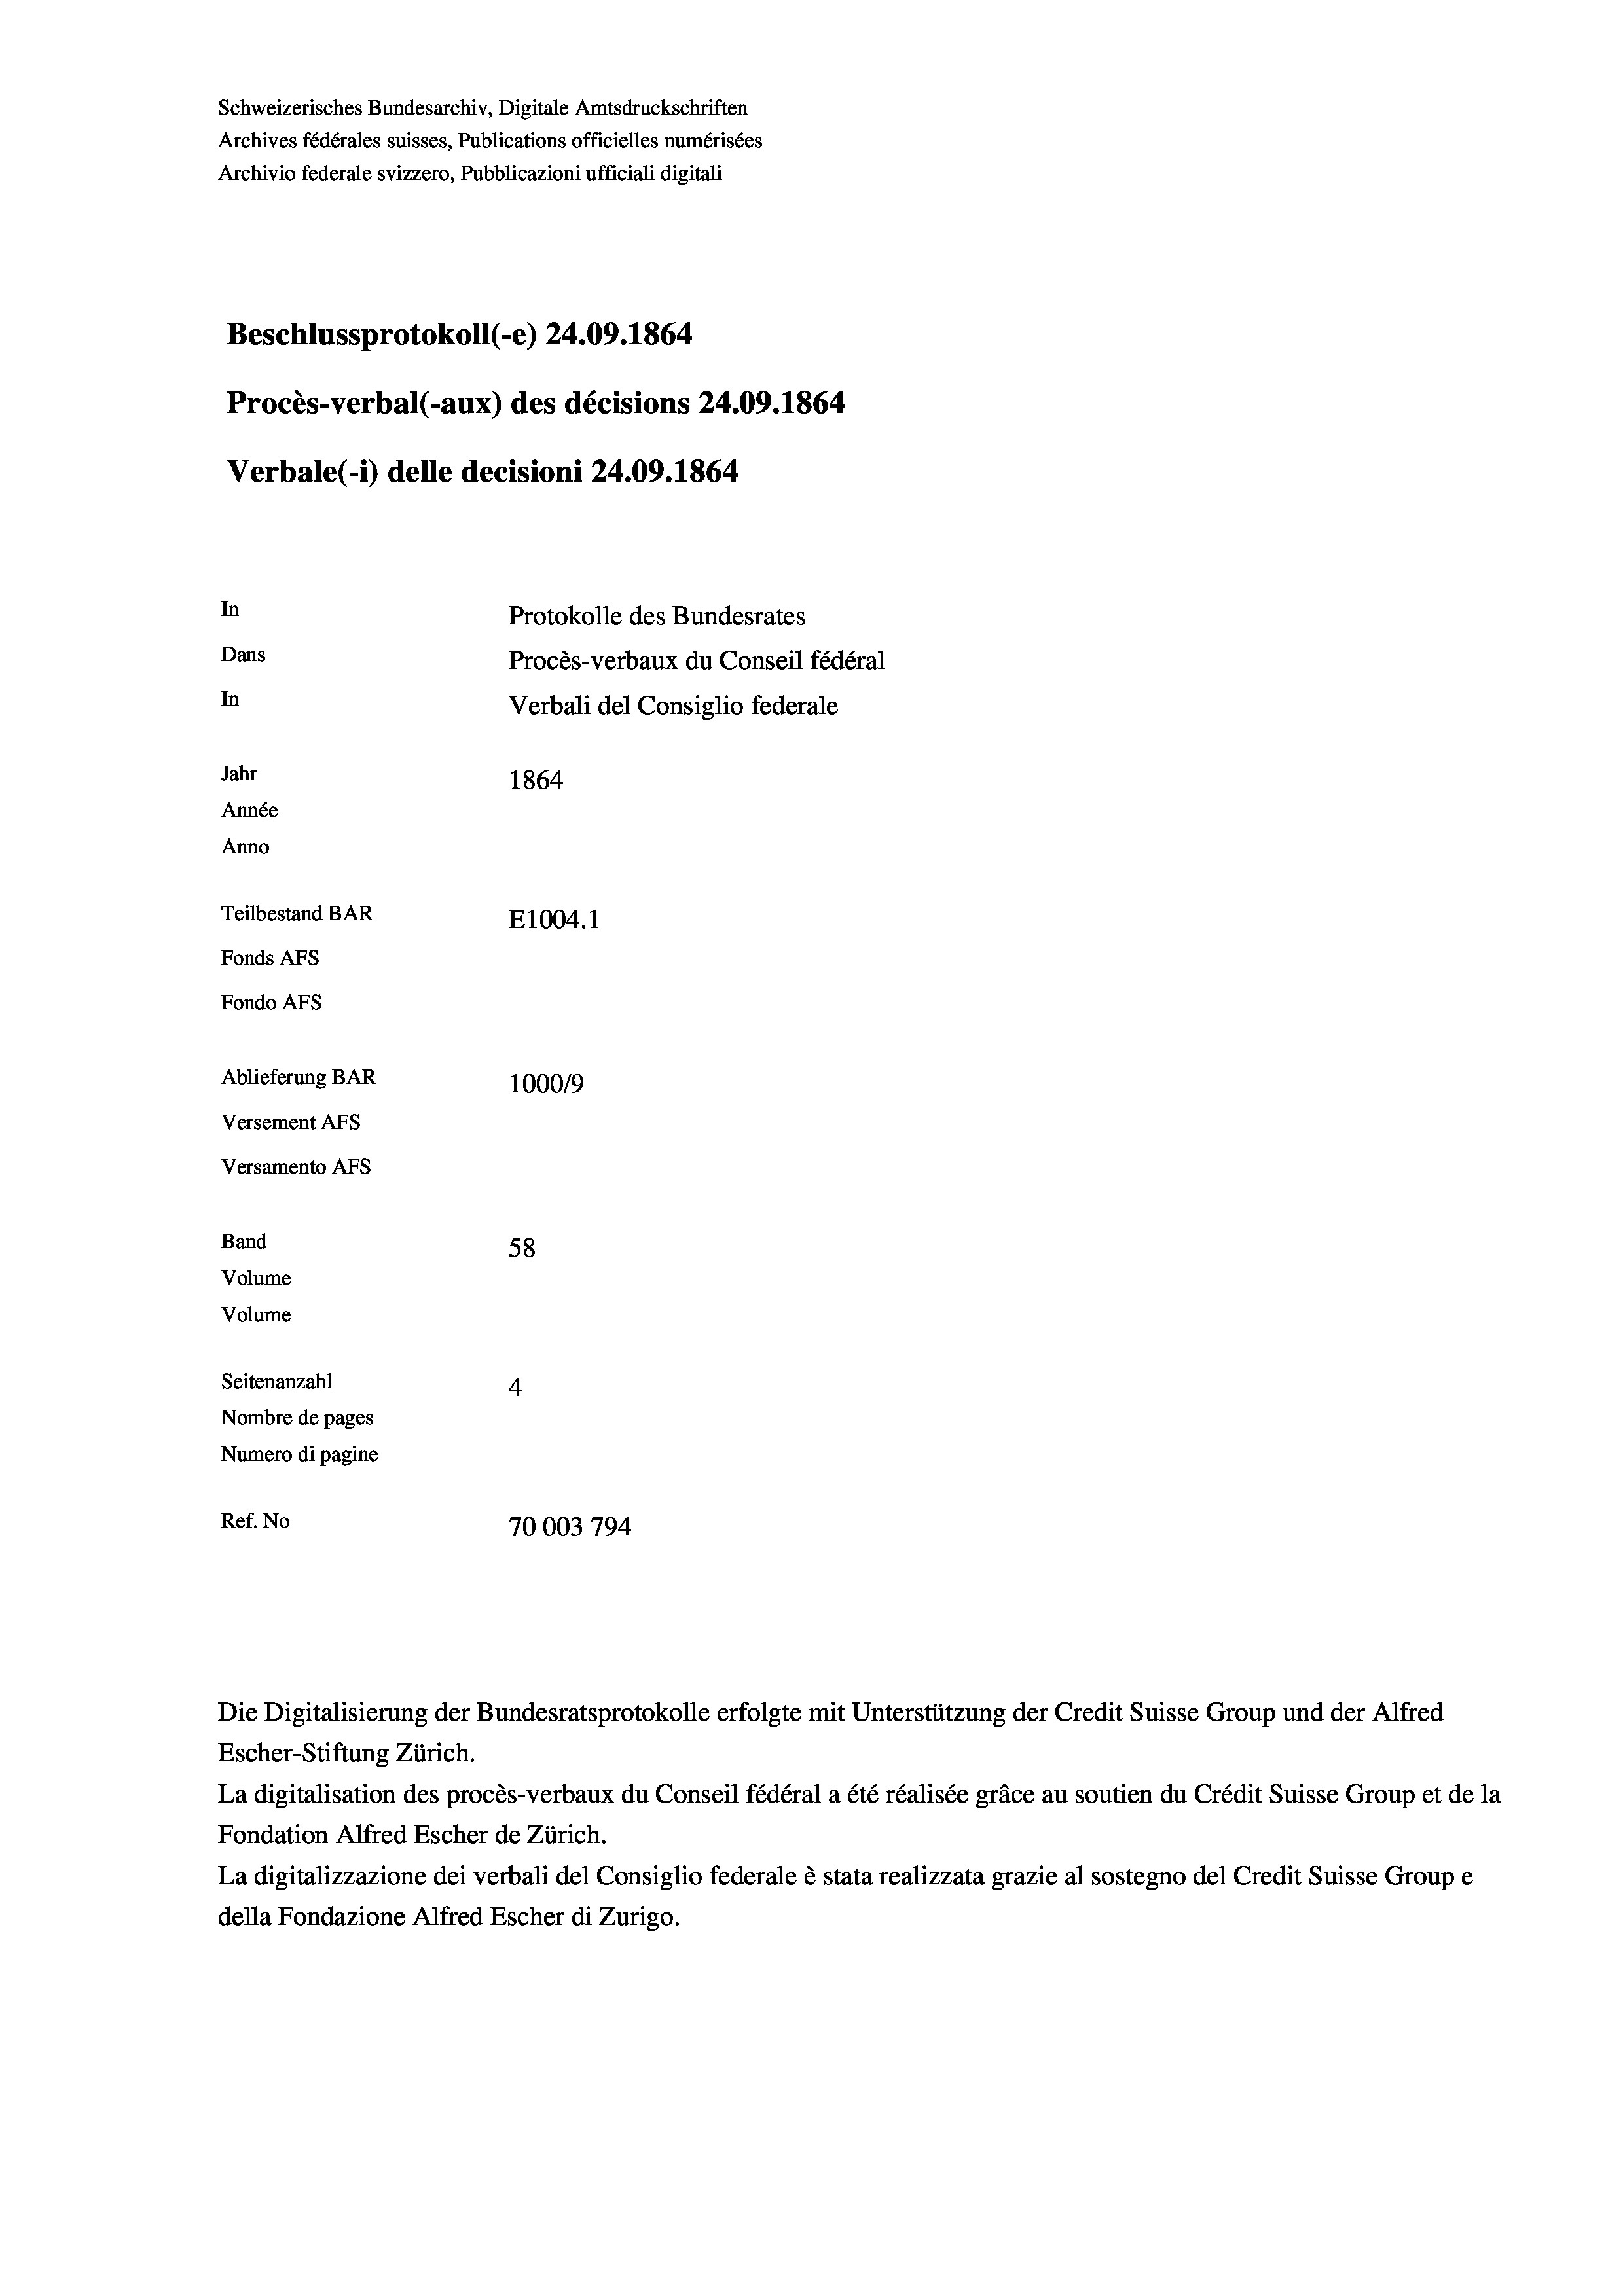
Schweizerisches Bundesarchiv, Digitale Amtsdruckschriften
Archives fédérales suisses, Publications officielles numérisées
Archivio federale svizzero, Pubblicazioni ufficiali digitali
Beschlussprotokoll (-e) 24.09. 1864
Procès-verbal (-aux) des décisions 24.09. 1864
Verbale (i) delle decisioni 24.09. 1864
In
Protokolle des Bundesrates
Dans
Procès-verbaux du Conseil fédéral
In
Verbali del Consiglio federale
Jahr
1864
Année
Anno
Teilbestand BAR
E1004. 1
Fonds AEs
Fondo AFs

Ablieferung BAR
Versement AFS
Versamento AFS
Band
Volume
Volume
Seitenanzahl

58
4
Nombre de pages
Numero di pagine
Ref. No
70003 794

100019

Die Digitalisierung der Bundesratsprotokolle erfolgte mit Unterstützung der Credit Suisse Group und der Alfred
Escher-Stiftung Zürich.
La digitalisation des procès-verbaux du Conseil fédéral a été réalisée gräce au soutien du Crédit Suisse Group et de la
Fondation Alfred Escher de Zürich.
La digitalizzazione dei verbali del Consiglio federale è stata realizzata grazie al sostegno del Credit Suisse Groupe
della Fondazione Alfred Escher di Zurigo.